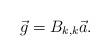
LaTeX: \begin{align*}\vec{g}=B_{k,k}\vec{a}.\end{align*}